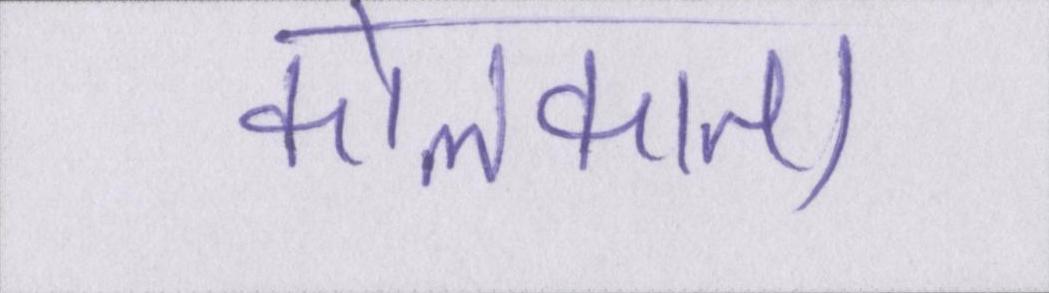
कोलकाता